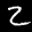
Label: 2